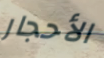
الأحجار